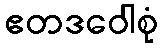
ဧတဒဝေါစုံ